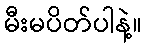
မီးမပိတ်ပါနဲ့။